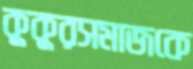
কুকুরসমাজকে